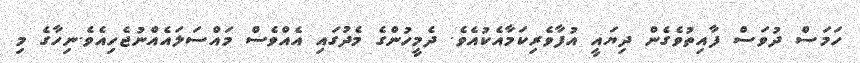
ހަމަސް ދުވަސް ފާއިތުވެގެން ދިޔައީ އުފާވެރިކަމާއެކުއެވެ. ދެމީހުންގެ މެދުގައި އެއްވެސް މައްސަލައެއްނުޖެހިއެވެ.ނިހާގެ މި